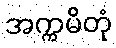
အက္ကမိတုံ